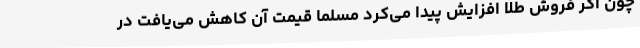
چون اگر فروش طلا افزایش پیدا می‌کرد مسلماً قیمت آن کاهش می‌یافت در